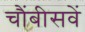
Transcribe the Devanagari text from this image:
चौंबीसवें